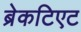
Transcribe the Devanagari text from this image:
ब्रेकटिएट